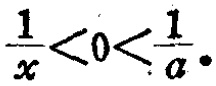
\frac{1}{x}<0<\frac{1}{a}